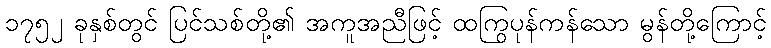
၁၇၅၂ ခုနှစ်တွင် ပြင်သစ်တို့၏ အကူအညီဖြင့် ထကြွပုန်ကန်သော မွန်တို့ကြောင့်